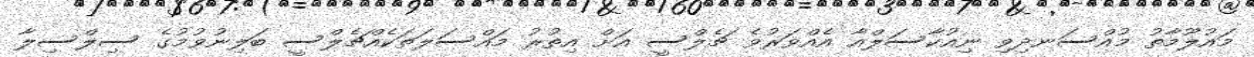
މައުލޫމާތު މުއްސަނދިވި ނިއުކާސަލްއާ އެއްވަރުވެ ޗެލްސީ އަށް އިތުރު މައްސަލަތަކެއްޗެލްސީ ބަލިނުވުމުގެ ސިލްސިލާ